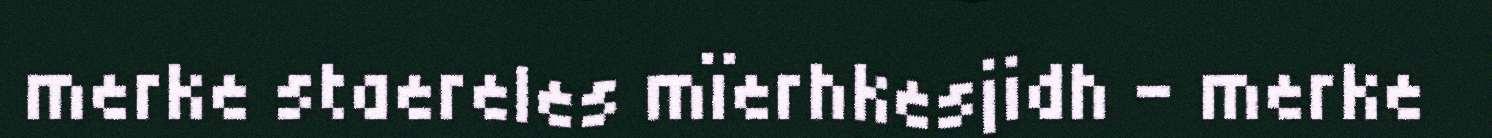
merke staereles mïerhkesjidh - merke